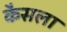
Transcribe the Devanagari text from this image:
कैसला